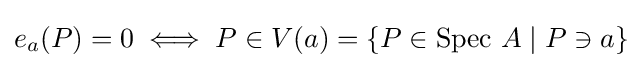
e_{a}(P)=0\iff P\in V(a)=\{P\in \mathrm {Spec} \ A\mid P\ni a\}